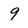
Character: 9